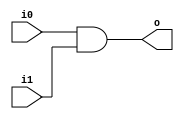


module and2 (input wire i0, i1, output wire o);
	assign o = i0 & i1;
endmodule

module or2 (input wire i0, i1, output wire o);
	assign o = i0 | i1;
endmodule

module xor2 (input wire i0, i1, output wire o);
	assign o = i0 ^ i1;
endmodule

module xor3 (input wire i0, i1, i2, output wire o);
	wire temp;
	xor2 xor2_0 (i0, i1, temp);
	xor2 xor2_1 (i2, temp, o);
endmodule

module prop_gen(input wire x,y, output wire p,g);
	or2 o(x,y,p);
	and2 a(x,y,g);
endmodule

module carry(input wire p1,p0,g1,g0, output wire p, g);
	wire t;
	and2 a1(p1,p0,p);
	and2 a2(p1,g0,t);
	or2 o2(t,g1,g);
endmodule

module prefixAdd(input wire [7:0]a,b, input wire cin, output wire [7:0] S);
	wire p[7:0],g[7:0];
	wire cp[7:0],cg[7:0];
	wire cp21,cg21,cp43,cg43,cp54,cg54,cp65,cg65,cp64,cg64;

	prop_gen p_0(a[0],b[0],p[0],g[0]);
	prop_gen p_1(a[1],b[1],p[1],g[1]);
	prop_gen p_2(a[2],b[2],p[2],g[2]);
	prop_gen p_3(a[3],b[3],p[3],g[3]);
	prop_gen p_4(a[4],b[4],p[4],g[4]);
	prop_gen p_5(a[5],b[5],p[5],g[5]);
	prop_gen p_6(a[6],b[6],p[6],g[6]);
	prop_gen p_7(a[7],b[7],p[7],g[7]);

	assign cp[0] = 1'b0;
	assign cg[0] = 1'b0;

	carry c1(p[0],1'b0,g[0],cin,cp[1],cg[1]);
	carry c3_0(p[2],p[1],g[2],g[1],cp21,cg21);
	carry c5_0(p[4],p[3],g[4],g[3],cp43,cg43);
	carry c7_0(p[6],p[5],g[6],g[5],cp65,cg65);

	carry c2(p[1],cp[1],g[1],cg[1],cp[2],cg[2]);
	carry c3_1(cp21,cp[1],cg21,cg[1],cp[3],cg[3]);
	carry c6_0(p[5],cp43,g[5],cg43,cp54,cg54);
	carry c7_1(cp65,cp43,cg65,cg43,cp64,cg64);

	carry c4(p[3],cp[3],g[3],cg[3],cp[4],cg[4]);
	carry c5_1(cp43,cp[3],cg43,cg[3],cp[5],cg[5]);
	carry c6_1(cp54,cp[3],cg54,cg[3],cp[6],cg[6]);
	carry c7_2(cp64,cp[3],cg64,cg[3],cp[7],cg[7]);

	xor3 s0(a[0],b[0],cin,S[0]);
	xor3 s1(a[1],b[1],cg[1],S[1]);
	xor3 s2(a[2],b[2],cg[2],S[2]);
	xor3 s3(a[3],b[3],cg[3],S[3]);
	xor3 s4(a[4],b[4],cg[4],S[4]);
	xor3 s5(a[5],b[5],cg[5],S[5]);
	xor3 s6(a[6],b[6],cg[6],S[6]);
	xor3 s7(a[7],b[7],cg[7],S[7]);
endmodule